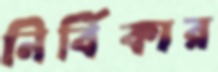
নির্বিকার